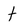
Character: t